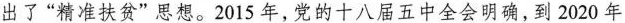
出了”精准扶贫”思想。2015年，党的十八届五中全会明确，到2020年